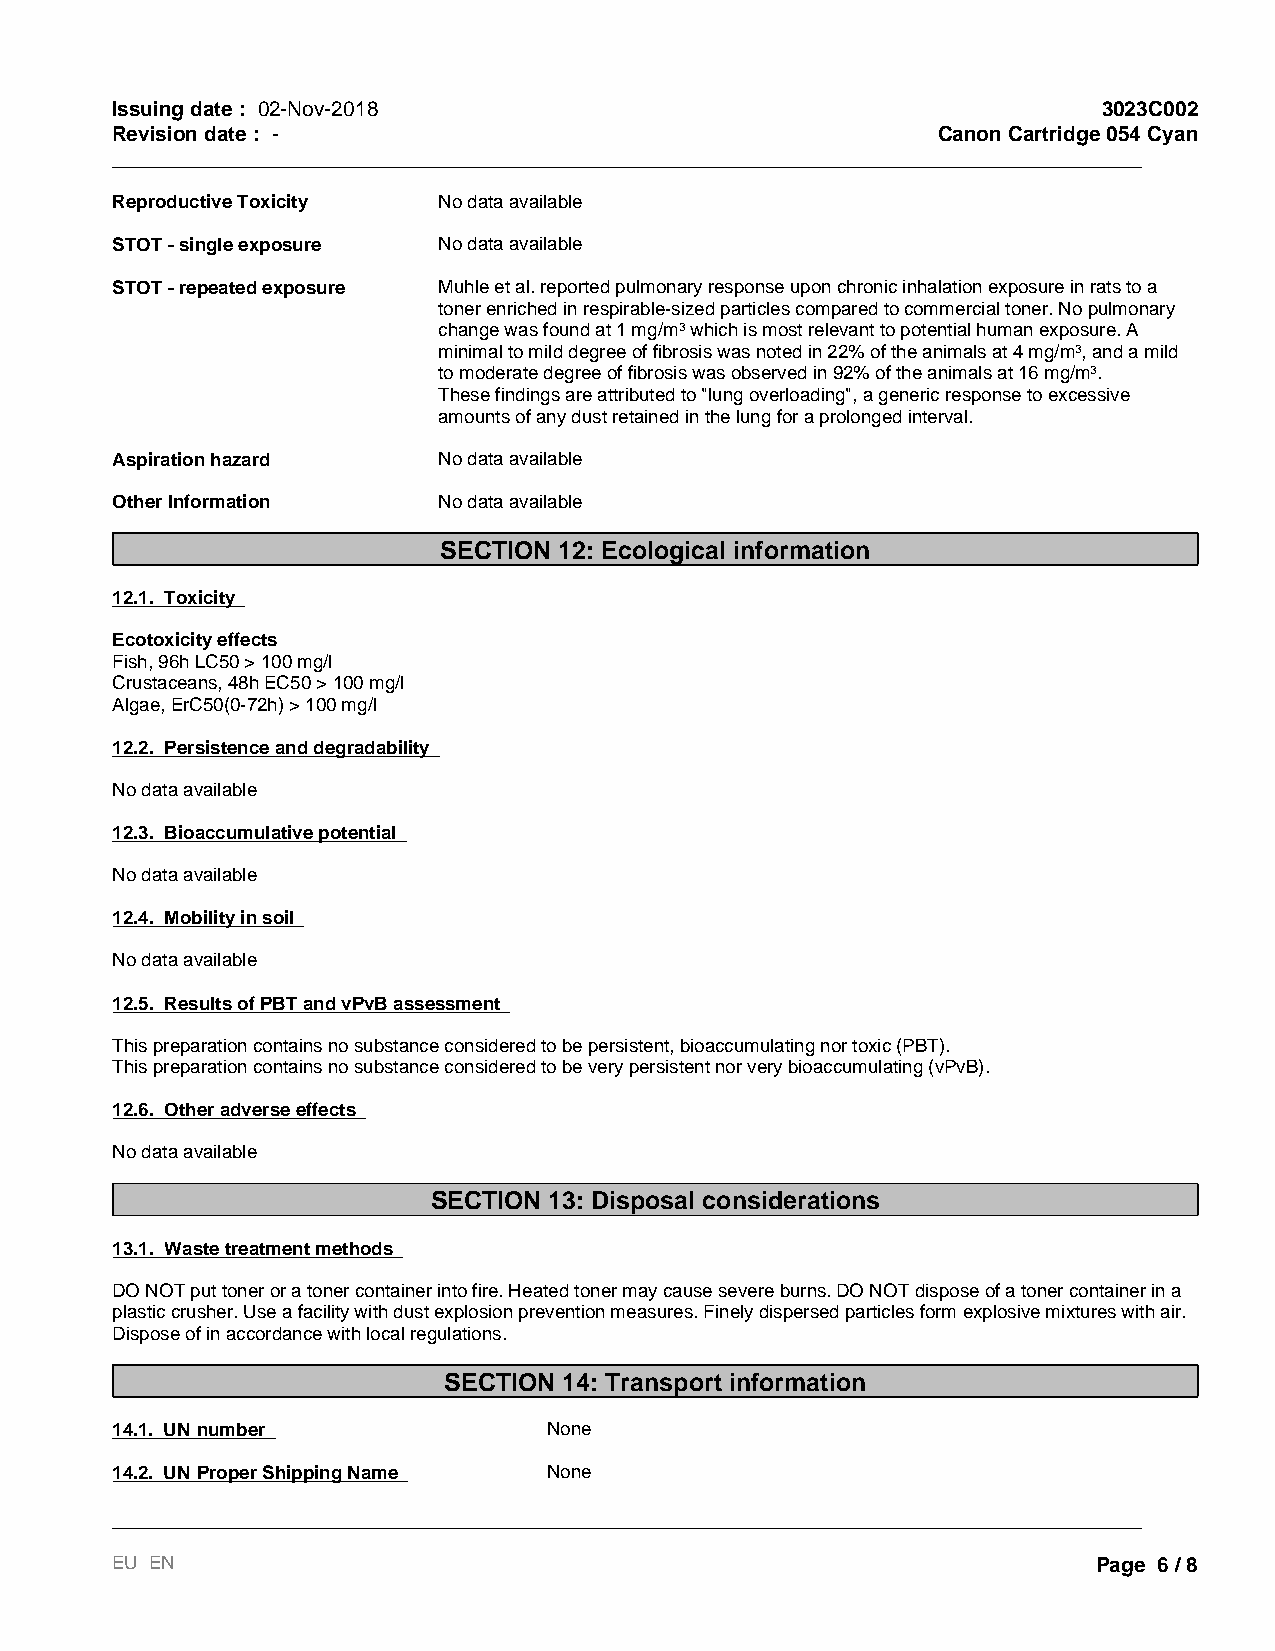
Issuing date : 02-Nov-2018                                        3023C002
 Revision date : -                                      Canon Cartridge 054 Cyan
 _________________________________________________________________________________________
 Reproductive Toxicity No data available
 STOT - single exposure No data available
 STOT - repeated exposure Muhle et al. reported pulmonary response upon chronic inhalation exposure in rats to a
 toner enriched in respirable-sized particles compared to commercial toner. No pulmonary
 change was found at 1 mg/m3 which is most relevant to potential human exposure. A
 minimal to mild degree of fibrosis was noted in 22% of the animals at 4 mg/m3, and a mild
 to moderate degree of fibrosis was observed in 92% of the animals at 16 mg/m3.
 These findings are attributed to "lung overloading", a generic response to excessive
 amounts of any dust retained in the lung for a prolonged interval.
 Aspiration hazard     No data available
 Other Information     No data available
 SECTION 12: Ecological information
 12.1. Toxicity
 Ecotoxicity effects
 Fish, 96h LC50 > 100 mg/l
 Crustaceans, 48h EC50 > 100 mg/l
 Algae, ErC50(0-72h) > 100 mg/l
 12.2. Persistence and degradability
 No data available
 12.3. Bioaccumulative potential
 No data available
 12.4. Mobility in soil
 No data available
 12.5. Results of PBT and vPvB assessment
 This preparation contains no substance considered to be persistent, bioaccumulating nor toxic (PBT).
 This preparation contains no substance considered to be very persistent nor very bioaccumulating (vPvB).
 12.6. Other adverse effects
 No data available
 SECTION 13: Disposal considerations
 13.1. Waste treatment methods
 DO NOT put toner or a toner container into fire. Heated toner may cause severe burns. DO NOT dispose of a toner container in a
 plastic crusher. Use a facility with dust explosion prevention measures. Finely dispersed particles form explosive mixtures with air.
 Dispose of in accordance with local regulations.
 SECTION 14: Transport information
 14.1. UN number              None
 14.2. UN Proper Shipping Name None
 _________________________________________________________________________________________
 EU EN                                                             Page 6 / 8